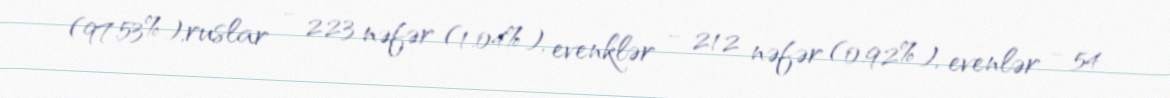
(97.53%),ruslar - 223 nəfər (1.04%), evenklər - 212 nəfər (0.92%), evenlər - 54